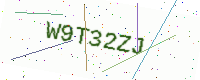
Text: W9T32ZJ